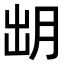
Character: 𣍧